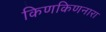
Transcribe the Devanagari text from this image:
किणकिणनारा